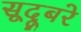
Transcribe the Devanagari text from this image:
सूदूबरे